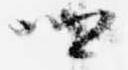
卿